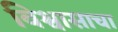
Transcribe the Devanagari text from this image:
विश्वासाचा